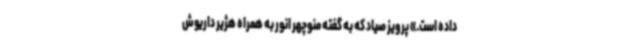
داده است.» پرویز صیاد که به گفته منوچهر انور به همراه هژیر داریوش